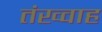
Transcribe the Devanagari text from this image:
तंख्वाह